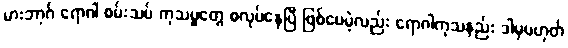
မားဘာ့ဂ် ရောဂါ စမ်းသပ် ကုသမှုတွေ စလုပ်နေပြီ ဖြစ်ပေမဲ့လည်း ရောဂါကုသနည်း ဒါမှမဟုတ်